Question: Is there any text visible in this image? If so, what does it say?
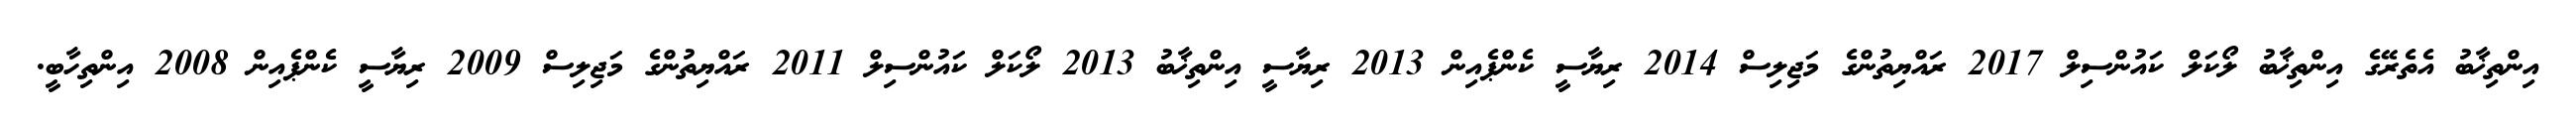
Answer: އިންތިޚާބު އެތެރޭގެ އިންތިޚާބު ލޯކަލް ކައުންސިލް 2017 ރައްޔިތުންގެ މަޖިލިސް 2014 ރިޔާސީ ކެންޕެއިން 2013 ރިޔާސީ އިންތިޚާބު 2013 ލޯކަލް ކައުންސިލް 2011 ރައްޔިތުންގެ މަޖިލިސް 2009 ރިޔާސީ ކެންޕެއިން 2008 އިންތިހާބީ.